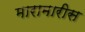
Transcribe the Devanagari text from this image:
मारामारीस